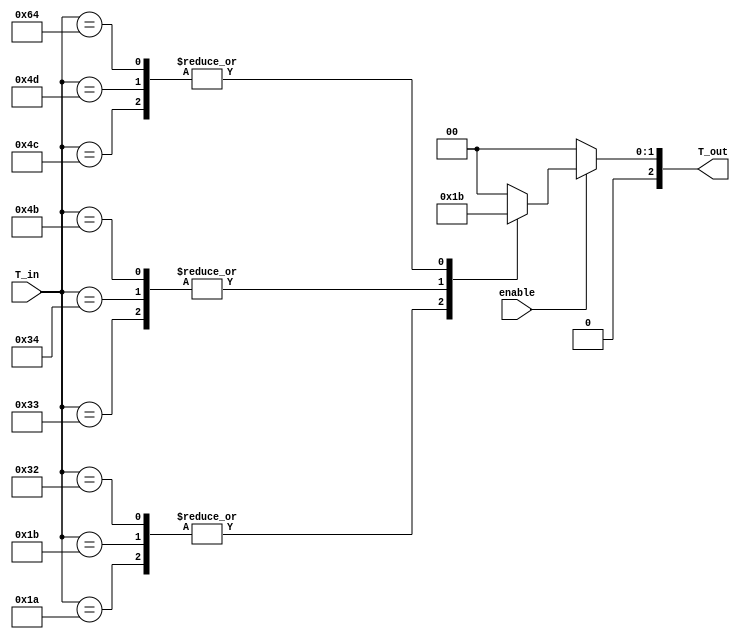
module thermal_encoder (
    input [7:0] T_in,      // 8-bit input for temperature (0C to 100C)
    input enable,          // Enable signal
    output reg [2:0] T_out // 3-bit output for binary code
);

// Combinational logic to map temperature ranges to binary codes
always @(*) begin
    if (!enable) begin
        T_out = 3'b000; // Default output when not enabled
    end else begin
        case (T_in)
            8'd0   : T_out = 3'b000; // 0C
            8'd1   : T_out = 3'b000; // 0C to 25C
            8'd2   : T_out = 3'b000; // ...
            // ...
            8'd25  : T_out = 3'b000; // 0C to 25C
            8'd26  : T_out = 3'b001; // 26C to 50C
            8'd27  : T_out = 3'b001; // ...
            // ...
            8'd50  : T_out = 3'b001; // 26C to 50C
            8'd51  : T_out = 3'b010; // 51C to 75C
            8'd52  : T_out = 3'b010; // ...
            // ...
            8'd75  : T_out = 3'b010; // 51C to 75C
            8'd76  : T_out = 3'b011; // 76C to 100C
            8'd77  : T_out = 3'b011; // ...
            // ...
            8'd100 : T_out = 3'b011; // 76C to 100C
            default: T_out = 3'b000; // Default case for out of range
        endcase
    end
end

endmodule